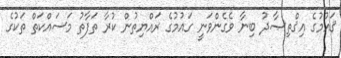
ޤައުމުގެ އިޤްތިޞާދު ބިނާ ވެގެންވަނީ ގައުމުގެ ރައްޔިތުން ކުރާ ތަފާތު މަސައްކަތް ތަކުގެ